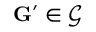
\mathbf { G } ^ { \prime } \in \mathcal { G }